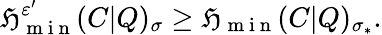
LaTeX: \mathfrak{H}_{\mathrm{{~m~i~n~}}}^{\varepsilon^{\prime}}(C|Q)_{\sigma}\geq\mathfrak{H}_{\mathrm{{~m~i~n~}}}(C|Q)_{\sigma_{\ast}}.